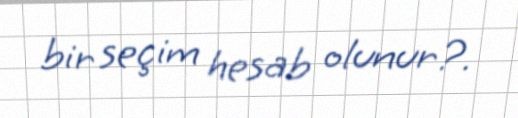
bir seçim hesab olunur?.